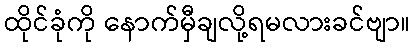
ထိုင်ခုံကို နောက်မှီချလို့ရမလားခင်ဗျာ။